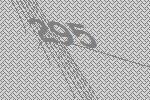
295